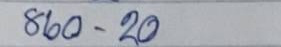
860 - 20